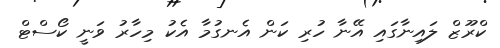
ކްރޫޒް ލައިނާގައި އޭނާ ހުރި ކަން އެނގުމާ އެކު މިހާރު ވަނީ ކޯސްޓް